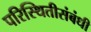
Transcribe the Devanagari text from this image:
परिस्थितीसंबंधी